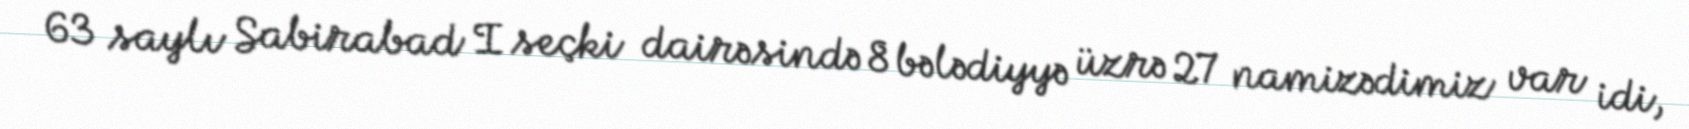
63 saylı Sabirabad I seçki dairəsində 8 bələdiyyə üzrə 27 namizədimiz var idi,